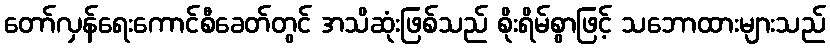
တော်လှန်ရေးကောင်စီခေတ်တွင် အသိဆုံးဖြစ်သည် စိုးရိမ်စွာဖြင့် သဘောထားများသည်